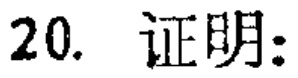
20. 证明：